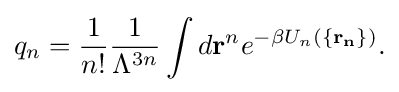
{\begin{aligned}q_{n}={\frac {1}{n!}}{\frac {1}{\Lambda ^{3n}}}\int d\mathbf {r} ^{n}e^{-\beta U_{n}\left(\{\mathbf {r_{n}} \}\right)}.\end{aligned}}